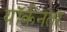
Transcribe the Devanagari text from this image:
यॉर्कनंतर